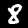
Label: 8